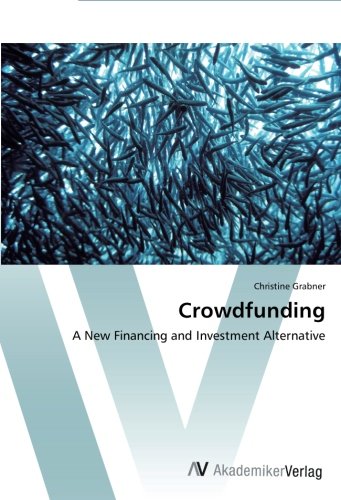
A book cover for Crowdfunding: A New Financing and Investment Alternative; Christine Grabner; Business & Money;